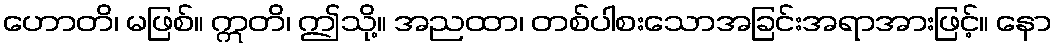
ဟောတိ၊ မဖြစ်။ ဣတိ၊ ဤသို့။ အညထာ၊ တစ်ပါစးသောအခြင်းအရာအားဖြင့်။ နော